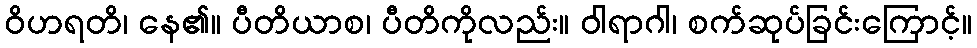
ဝိဟရတိ၊ နေ၏။ ပီတိယာစ၊ ပီတိကိုလည်း။ ဝါရာဂါ၊ စက်ဆုပ်ခြင်းကြောင့်။